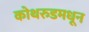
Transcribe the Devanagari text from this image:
कोथरुडमधून